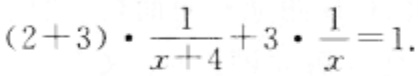
\((2 + 3)\cdot\frac{1}{x + 4}+3\cdot\frac{1}{x}=1\)